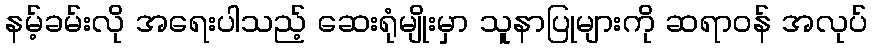
နမ့်ခမ်းလို အရေးပါသည့် ဆေးရုံမျိုးမှာ သူနာပြုများကို ဆရာဝန် အလုပ်